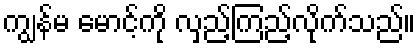
ကျွန်မ မောင့်ကို လှည့်ကြည့်လိုက်သည်။